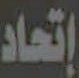
إتحاد